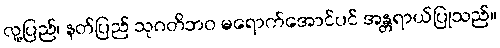
လူ့ပြည်၊ နတ်ပြည် သုဂတိဘဝ မရောက်အောင်ပင် အန္တရာယ်ပြုသည်။